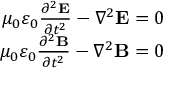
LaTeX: \begin{array} { r } { \mu _ { 0 } \varepsilon _ { 0 } { \frac { \partial ^ { 2 } \mathbf { E } } { \partial t ^ { 2 } } } - \nabla ^ { 2 } \mathbf { E } = 0 } \\ { \mu _ { 0 } \varepsilon _ { 0 } { \frac { \partial ^ { 2 } \mathbf { B } } { \partial t ^ { 2 } } } - \nabla ^ { 2 } \mathbf { B } = 0 } \end{array}